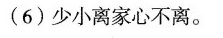
(6)少小离家心不离。